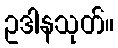
ဥဒါနသုတ်။